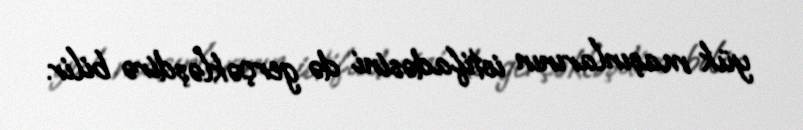
yük maşınlarının istifadəsini də gerçəkləşdirə bilir.